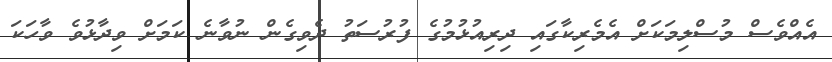
އެއްވެސް މުސްލިމަކަށް އެމެރިކާގައި ދިރިއުޅުމުގެ ފުރުސަތު ދެވިގެން ނުވާނެ ކަމަށް ވިދާޅުވެ ވާހަކަ